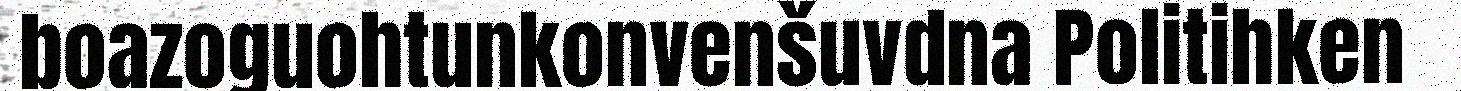
boazoguohtunkonvenšuvdna Politihken